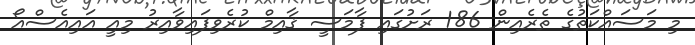
މި މަސައްކަތުގެ ތެރެއިން 186 ރަށުގައި ފާމަސީ ޤާއިމް ކުރެވިފައިވާއިރު މިއީ އައިއެސްއޯ